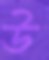
উ